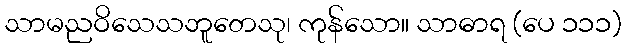
သာမညဝိသေသဘူတေသု၊ ကုန်သော။ သာဓာရ (ပေ ၁၁၁)